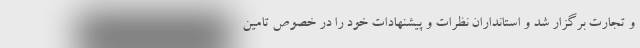
و تجارت برگزار شد و استانداران نظرات و پیشنهادات خود را در خصوص تامین